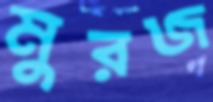
মুরজ